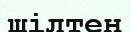
шілтен